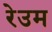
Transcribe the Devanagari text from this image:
रेउम